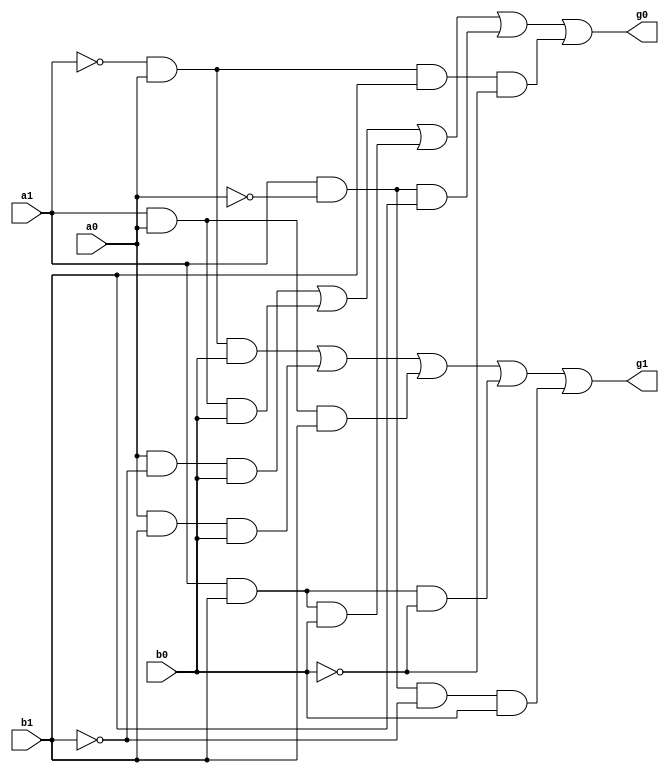
module da1(g1, g0, a1, a0, b1, b0);

output g1, g0;
input a1, a0, b1, b0;
wire c1, d1, e1, f1, h1, c0, d0, e0, f0, h0;

and(c1, ~a1, a0, b0);
and(d1, a0, b1, b0);
and(e1, a1, a0, b1);
and(f1, a1, b1, ~b0);
and(h1, a1, ~a0, ~b1, b0);
or(g1, c1, d1, e1, f1, h1);

and(c0, a0, ~b1, b0);
and(d0, a1, a0, b0);
and(e0, a1, b1, b0);
and(f0, a1, ~a0, b1);
and(h0, ~a1, a0, b1, ~b0);
or(g0, c0, d0, e0, f0, h0);

endmodule